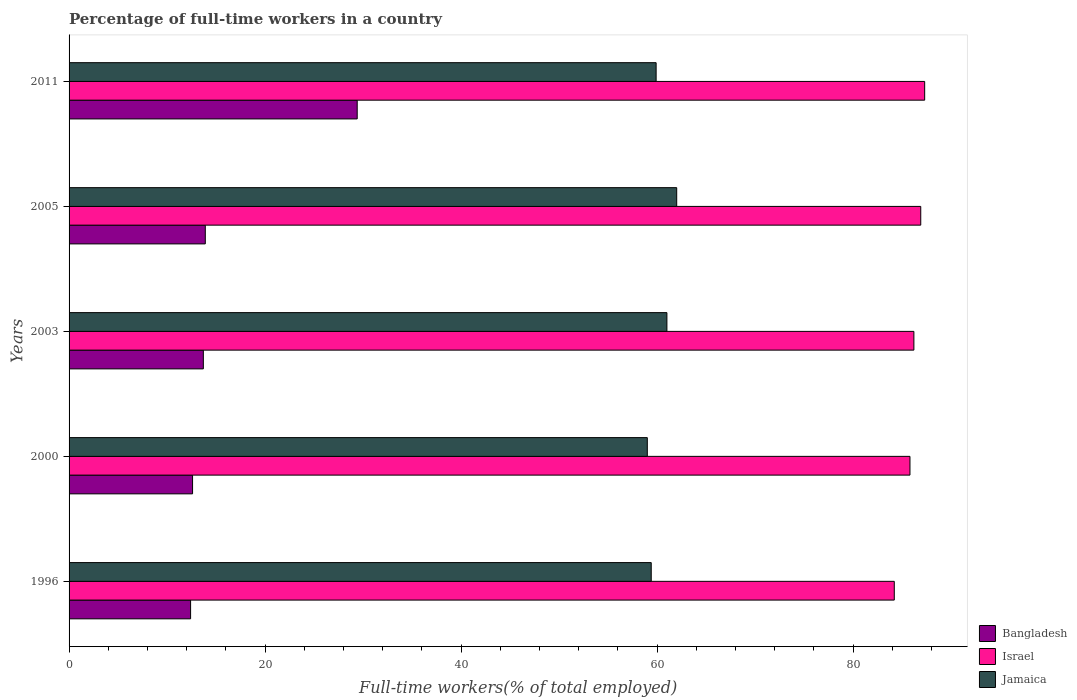
| Years | Bangladesh | Israel | Jamaica |
 | --- | --- | --- | --- |
 | 1996 | 12.4 | 84.2 | 59.4 |
 | 2000 | 12.6 | 85.8 | 59 |
 | 2003 | 13.7 | 86.2 | 61 |
 | 2005 | 13.9 | 86.9 | 62 |
 | 2011 | 29.4 | 87.3 | 59.9 |